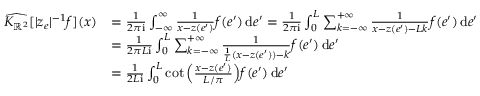
\begin{array} { r l } { \widehat { K _ { \mathbb { R } ^ { 2 } } } [ | z _ { e } | ^ { - 1 } f ] ( x ) } & { = \frac 1 { 2 \pi \mathrm { i } } \int _ { - \infty } ^ { \infty } \frac { 1 } { x - z ( e ^ { \prime } ) } f ( e ^ { \prime } ) \, \mathrm { d } e ^ { \prime } = \frac 1 { 2 \pi \mathrm { i } } \int _ { 0 } ^ { L } \sum _ { k = - \infty } ^ { + \infty } \frac { 1 } { x - z ( e ^ { \prime } ) - L k } f ( e ^ { \prime } ) \, \mathrm { d } e ^ { \prime } } \\ & { = \frac { 1 } { 2 \pi L \mathrm { i } } \int _ { 0 } ^ { L } \sum _ { k = - \infty } ^ { + \infty } \frac { 1 } { \frac { 1 } { L } ( x - z ( e ^ { \prime } ) ) - k } f ( e ^ { \prime } ) \, \mathrm { d } e ^ { \prime } } \\ & { = \frac 1 { 2 L \mathrm { i } } \int _ { 0 } ^ { L } \cot \Big ( \frac { x - z ( e ^ { \prime } ) } { L / \pi } \Big ) f ( e ^ { \prime } ) \, \mathrm { d } e ^ { \prime } } \end{array}